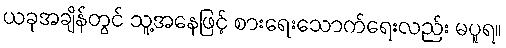
ယခုအချိန်တွင် သူ့အနေဖြင့် စားရေးသောက်ရေးလည်း မပူရ။